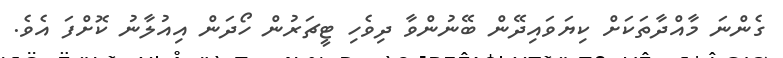
ގެންނަ މާއްދާތަކަށް ކިޔަވައިދޭން ބޭނުންވާ ދިވެހި ޓީޗަރުން ހޯދަން އިއުލާނު ކޮށްފަ އެވެ.